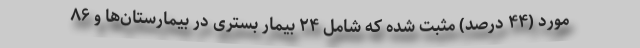
مورد (۴۴ درصد) مثبت شده که شامل ۲۴ بیمار بستری در بیمارستان‌ها و ۸۶